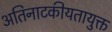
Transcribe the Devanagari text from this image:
अतिनाटकीयतायुक्त